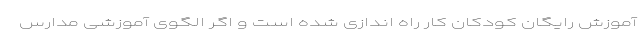
آموزش رایگان کودکان کار راه اندازی شده است و اگر الگوی آموزشی مدارس